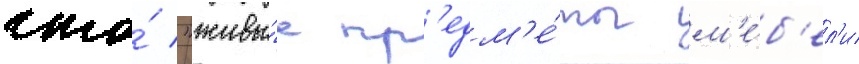
что́ "живы́е пр'едм'е́ты м'е́б'ел'и